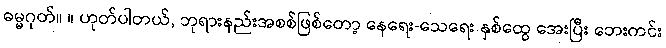
ဓမ္မဂုတ်။ ။ ဟုတ်ပါတယ်, ဘုရားနည်းအစစ်ဖြစ်တော့ နေရေး-သေရေး နှစ်ထွေ အေးပြီး ဘေးကင်း